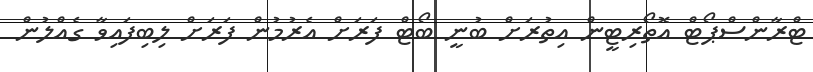
ޓްރާންސްޕޯޓް އޮތޯރިޓީން އިތުރަށް ބުނީ ބޯޓް ފަރަށް އެރުމުން ފަރަށް ލިބިފައިވާ ގެއްލުން